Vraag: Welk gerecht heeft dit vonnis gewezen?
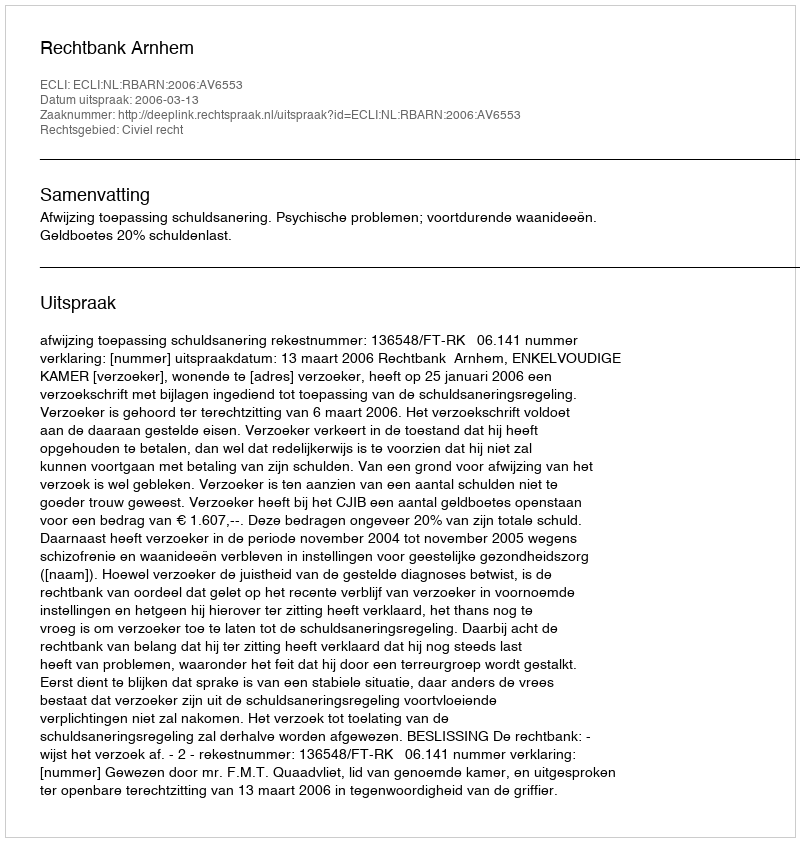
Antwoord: Rechtbank Arnhem